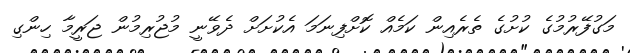
މަގުފޭރުމުގެ ކުށުގެ ތެރެއިން ކަމެއް ކޮށްފިނަމަ އެކުށަށް ދެވޭނީ މުޖުރިމުން ޖަރީމާ ހިންގި